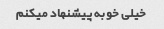
خیلی خوبه پیشنهاد میکنم